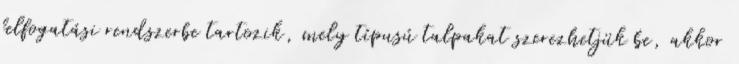
felfogatási rendszerbe tartozik, mely típusú talpakat szerezhetjük be, akkor